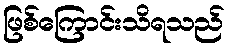
ဖြစ်ကြောင်းသိရသည်